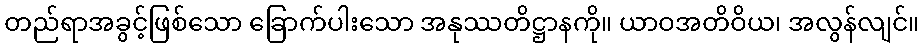
တည်ရာအခွင့်ဖြစ်သော ခြောက်ပါးသော အနုဿတိဋ္ဌာနကို။ ယာဝအတိဝိယ၊ အလွန်လျင်။